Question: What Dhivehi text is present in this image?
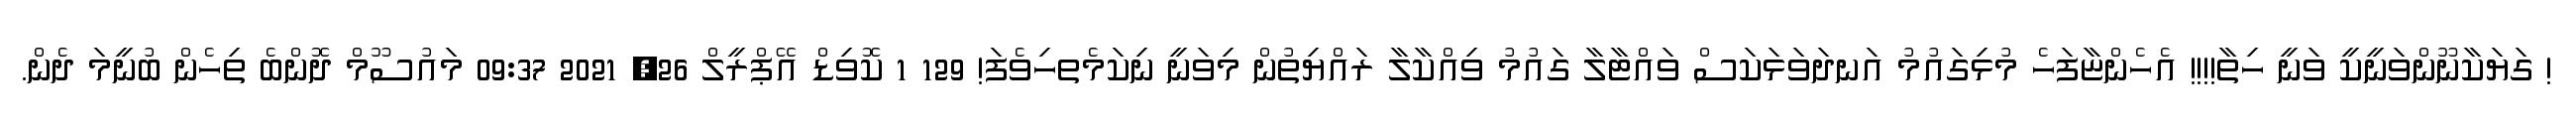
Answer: ! ގަޔަކާނޫންވަނީކީ ވަނީ ހިތާ!!!! އެހެންޏާފަހެ މުޅިގައުމު އަނދަވަޅަކަސް ވައްޓާލާ ގައުމު ވިއްކާލާ ރައްޔިތުން މިވަނީ ނިކަމެތހިވެފަ! 129 1 ކޮވިޑް އޭޕްރީލް 26, 2021 09:37 މައުސޫމް ދޮންބެ ތިހެން ބުނީމަ ދެން.